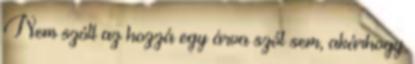
Nem szólt az hozzá egy árva szót sem, akárhogy